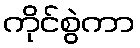
ကိုင်စွဲကာ